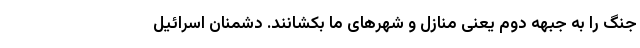
جنگ را به جبهه دوم یعنی منازل و شهرهای ما بکشانند. دشمنان اسرائیل